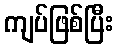
ကျပ်ဖြစ်ပြီး